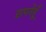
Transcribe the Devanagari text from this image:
सपनेहूँ